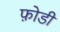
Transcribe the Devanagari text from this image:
फ़ोडी